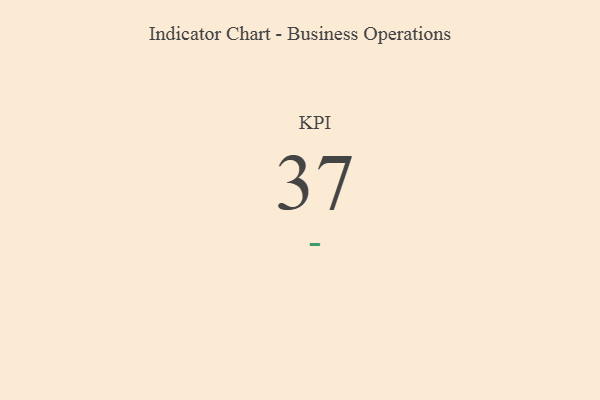
{"axis": {"x": "KPI", "y": "Value"}, "legend": [""], "data": [{"x": "KPI", "y": 37, "type": ""}]}